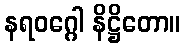
နရဝဂ္ဂေါ နိဋ္ဌိတော။